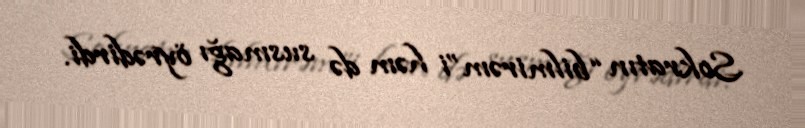
Sokratın “bilmirəm”i həm də susmağı öyrədirdi.